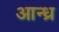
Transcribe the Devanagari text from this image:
आन्‍ध्र